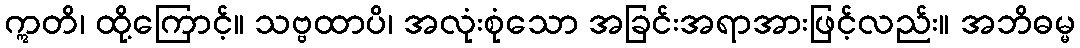
ဣတိ၊ ထို့ကြောင့်။ သဗ္ဗထာပိ၊ အလုံးစုံသော အခြင်းအရာအားဖြင့်လည်း။ အဘိဓမ္မ